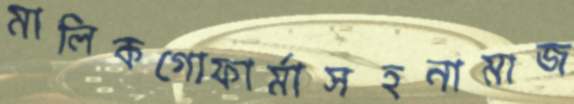
মালিকগোফার্মাসহনামাজ